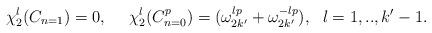
LaTeX: \begin{align*}\chi_{2}^{l}(C_{n=1})=0,~~~~\chi_{2}^{l}(C_{n=0}^{p})= (\omega_{2k'}^{lp}+\omega_{2k'}^{-lp}),~~l=1,..,k'-1.\end{align*}